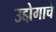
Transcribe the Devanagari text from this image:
उद्दोगाचे